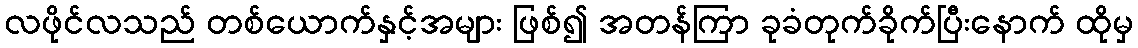
လဖိုင်လသည် တစ်ယောက်နှင့်အများ ဖြစ်၍ အတန်ကြာ ခုခံတုက်ခိုက်ပြီးနောက် ထိုမှ